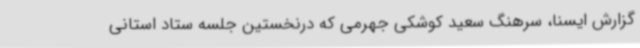
گزارش ایسنا، سرهنگ سعید کوشکی جهرمی که درنخستین جلسه ستاد استانی